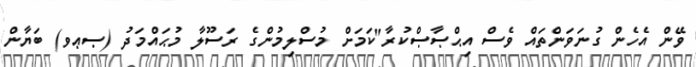
ވޭން އެހެން ގުނަވަންތައް ވެސް އިޙްޞާޞްކުރާ"ކަމަށް މުސްލިމުންގެ ރަސޫލާ މުޙައްމަދު (ޞޢވ) ބަޔާން